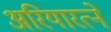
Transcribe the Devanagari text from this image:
अरियारत्ने